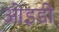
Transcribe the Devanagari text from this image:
ओइडी